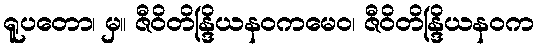
ရူပတော၊ မှ။ ဇီဝိတိန္ဒြိယနဝကမေဝ၊ ဇီဝိတိန္ဒြိယနဝက